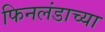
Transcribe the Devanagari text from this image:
फिनलंडाच्या